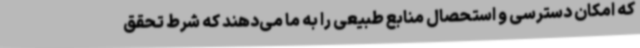
که امکان دسترسی و استحصال منابع طبیعی را به ما می‌دهند که شرط تحقق